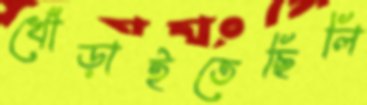
খোঁড়াইতেছিলি